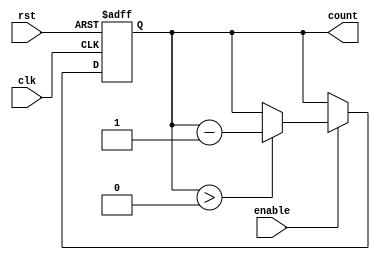
module decremental_counter #(
    parameter MAX_VALUE = 8'hFF  // Maximum value (255 for an 8-bit counter)
)(
    input wire clk,               // Clock signal
    input wire rst,               // Asynchronous reset signal
    input wire enable,            // Control signal to enable decrementing
    output reg [7:0] count        // Current count value (8-bit output)
);

    // Asynchronous reset and synchronous decrement logic
    always @(posedge clk or posedge rst) begin
        if (rst) begin
            count <= MAX_VALUE;    // Reset count to MAX_VALUE
        end else if (enable) begin
            if (count > 0) begin
                count <= count - 1; // Decrement count
            end
        end
    end

endmodule